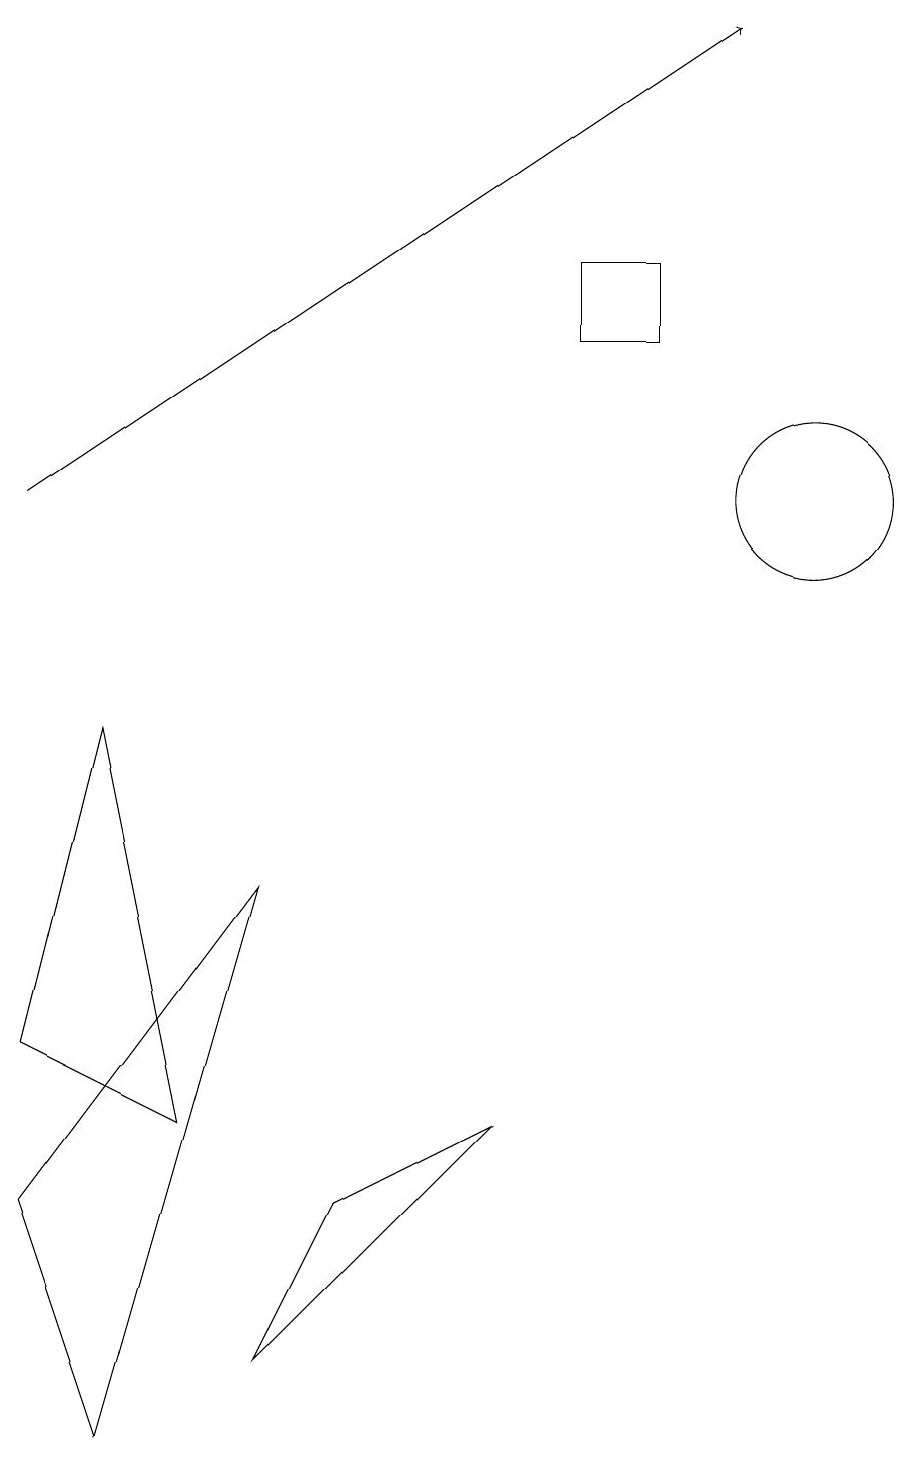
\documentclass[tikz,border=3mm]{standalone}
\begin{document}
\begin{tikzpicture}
\draw (3,7) -- (1,0) -- (0,3) -- cycle;
\draw (10,12) circle (1);
\draw (6,4) -- (4,3) -- (3,1) -- cycle;
\draw[->] (0,12) -- (9,18);
\draw (1,9) -- (0,5) -- (2,4) -- cycle;
\draw (8,15) rectangle (7,14);
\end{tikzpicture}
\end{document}